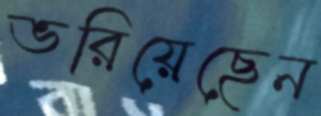
ভরিয়েছেন